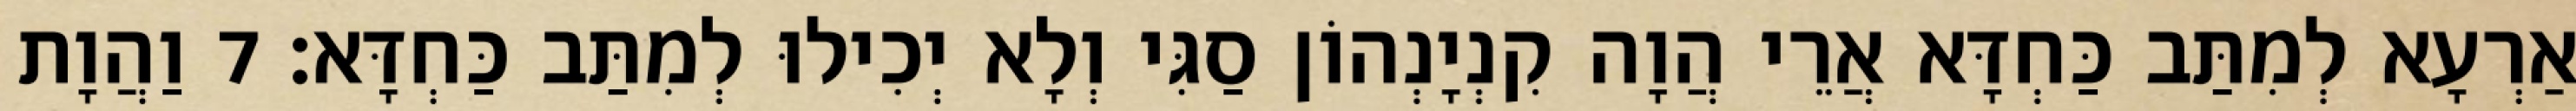
אַרְעָא לְמִתַּב כַּחְדָּא אֲרֵי הֲוָה קִנְיָנְהוֹן סַגִּי וְלָא יְכִילוּ לְמִתַּב כַּחְדָּא׃ 7 וַהֲוָת